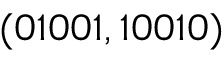
( 0 1 0 0 1 , 1 0 0 1 0 )